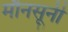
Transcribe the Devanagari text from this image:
मौनसूनी